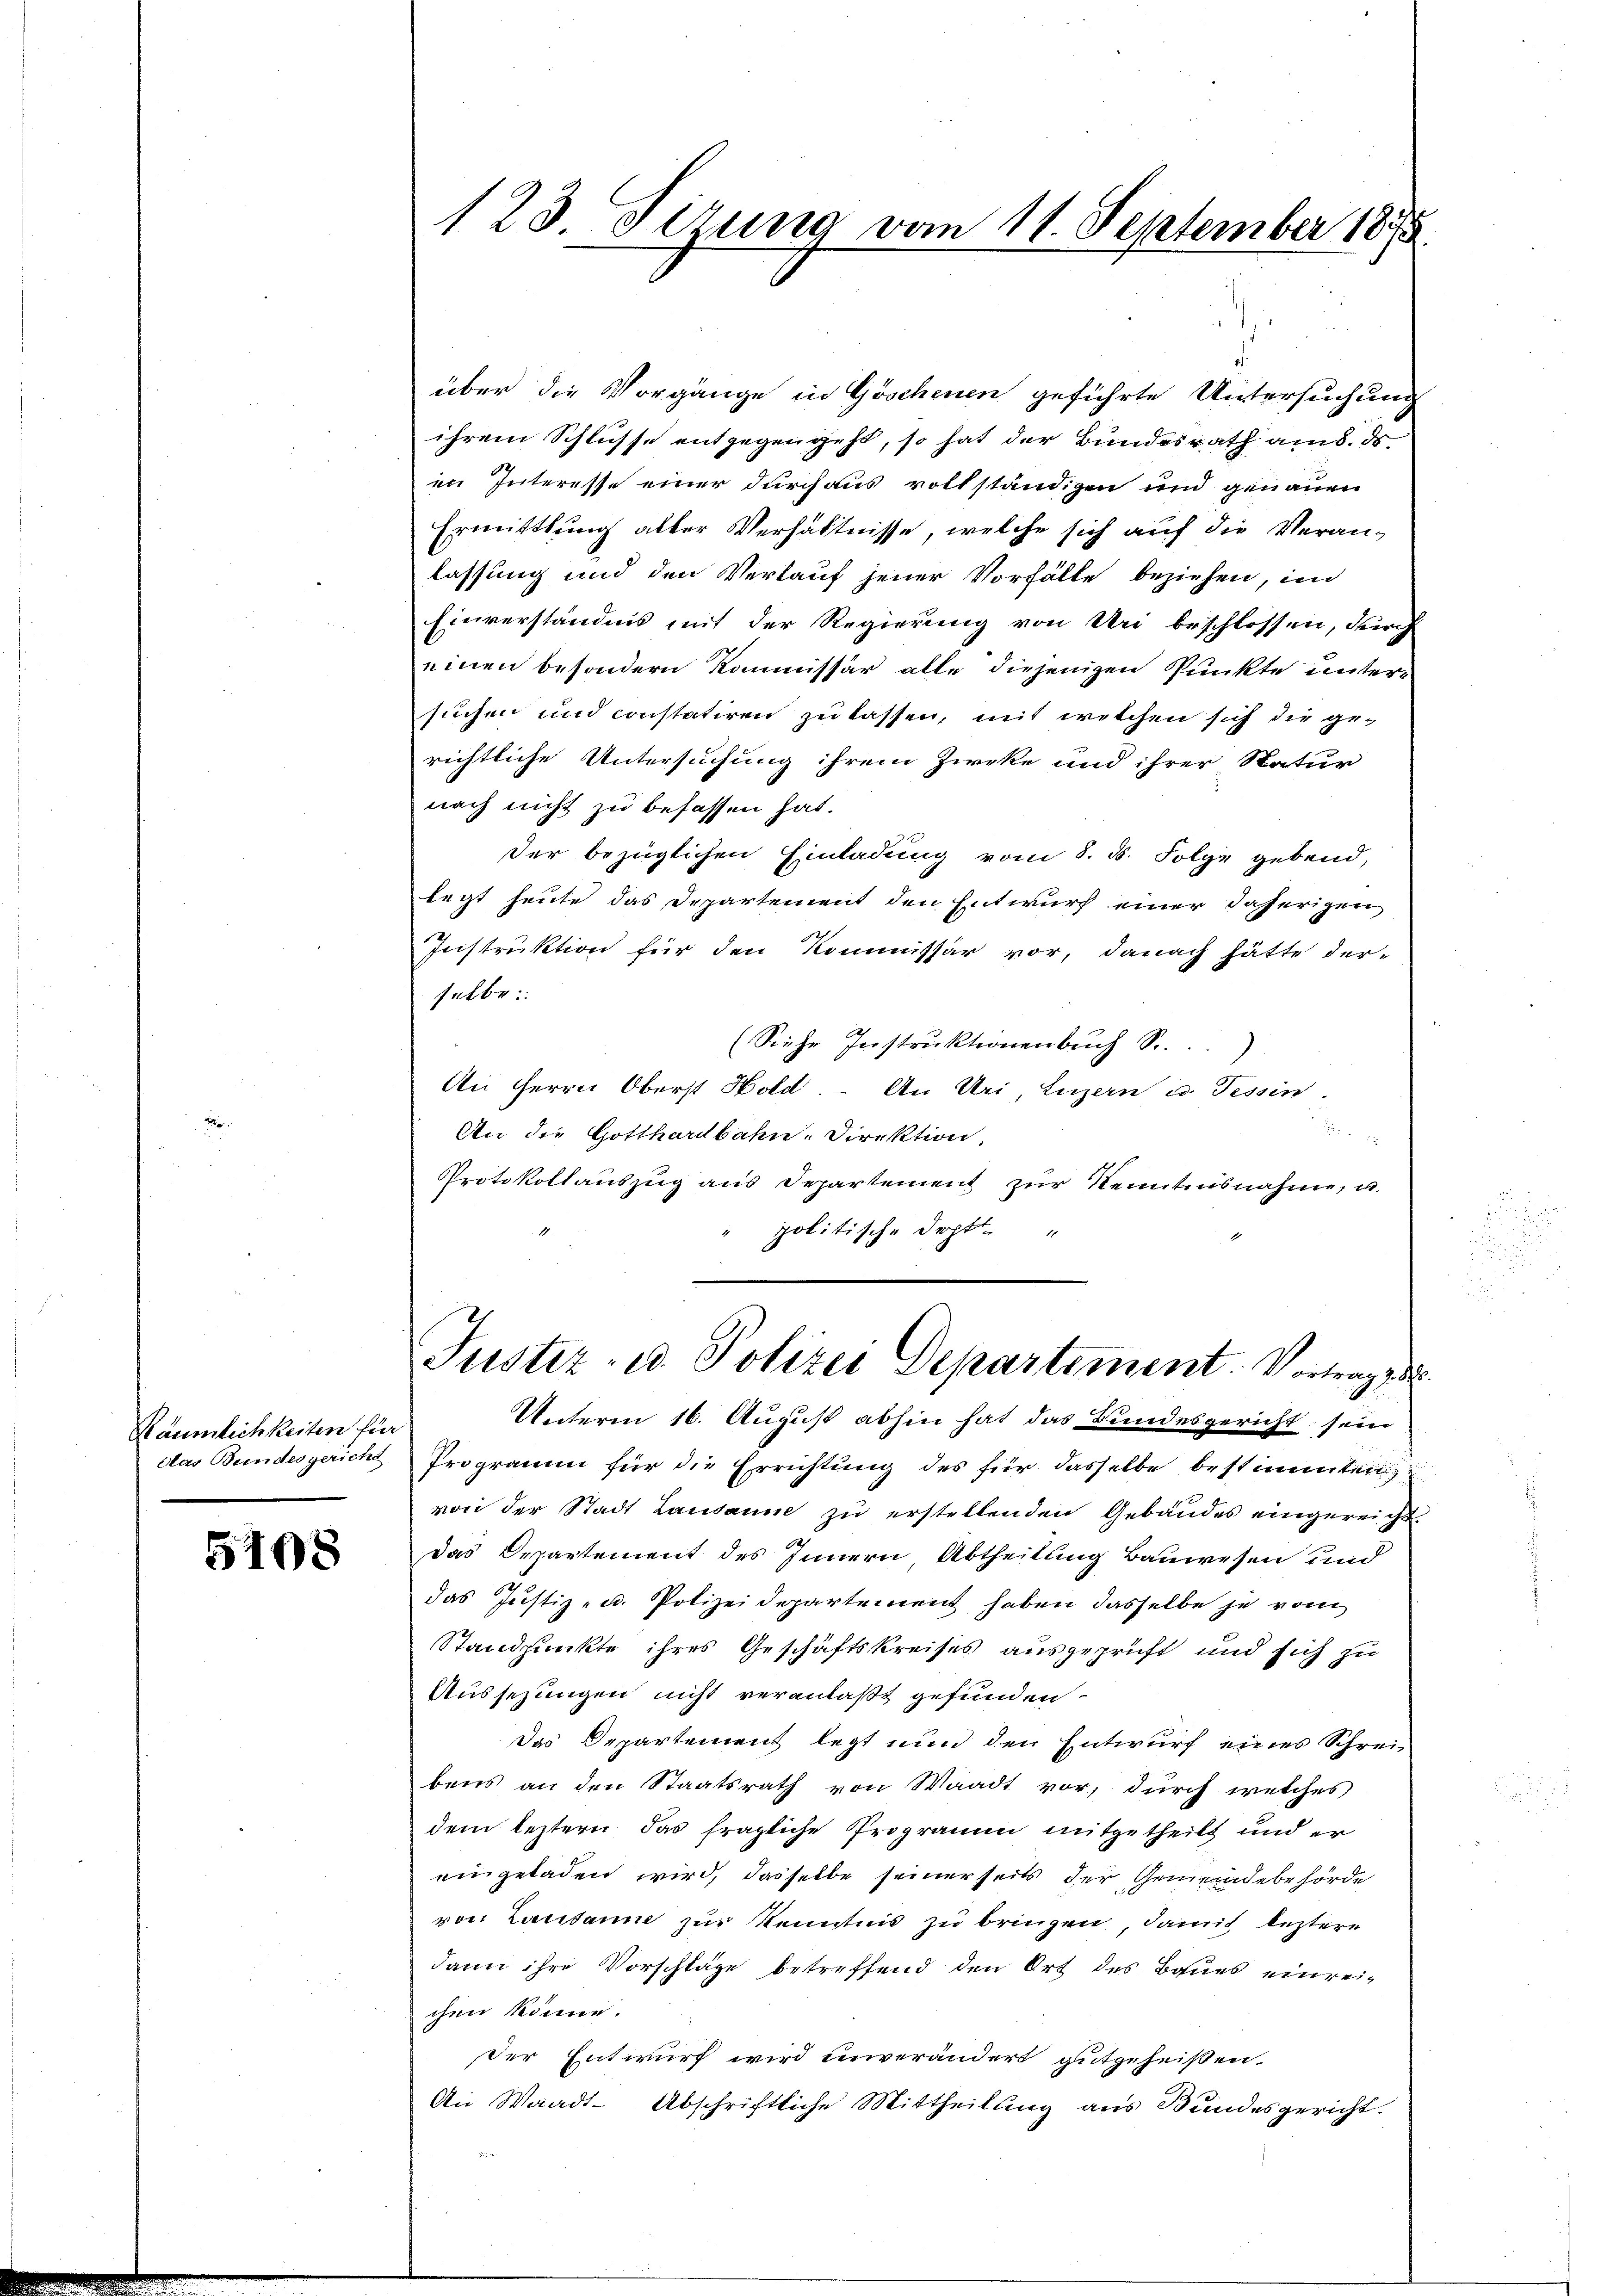
Räumlichkeiten für
das Bundesgericht

5408

123. Firung vom 11. September 1858

über die Vorgänge in Göschenen geführte Untersuchung
ihrem Schlüsse entgegen geht, so hat der Bundesrath aus ds
im Interesse einer durchaus vollständigen und genauen
Ermittlung aller Verhältnisse, welche sich auf die Veran-
lassung und den Verkauf jener Vorfälle beziehen, in
Einverständnis mit der Regierung von Uri beschlossen, durch
einen besondern Kommissär alle diejenigen Punkte untersuchen und constatiren zu lassen, mit welchen sich die ge-
richtliche Untersuchung ihrem Zieke und ihrer Natur
nach nicht zu befassen hat.
der bezüglichen Einladung vom 8. d. Folge gebend,
legt heute das Departement den Entwurf einer daherigen
Instruktion für den Kommissär vor, danach hätte der-
selbe::
(Siehe Instruktionenbuch Sr.
An Herrn Oberst Hold. – An Uri, Luzern u. Tessin
An die Gotthardbahn-Direktion

Protokollauszug aus Departement zur Kenntnisnahme, u.
politische Sept
Justiz- u. Polizei Departement. Vortrage d
Unterm 16. August abhin hat das Bundesgericht sein
Programm für die Errichtung des für dasselbe bestimmten
von der Stadt Lausanne zŭ erstellenden Gebäudes eingereicht.
Das Departement des Innern Abtheilung Bauwesen und
das Justiz- u. Polizeidepartement haben dasselbe je vom
Standpunkte ihres Geschäftskreises ausgeprüft und sich zu
Aussezungen nicht veranlaßt gefunden.
Das Departement legt nun den Entwurf eines Schrei
bens an den Staatsrath von Waadt vor, durch welches
dem leztern, das fragliche Programm mitgetheilt und er
eingeladen wird, dasselbe seinerseits der Gemeindebehörde
von Lausanne zur Kenntnis zu bringen, damit leztere
dann ihre Vorschläge betreffend den Ort des Baues einreichen könne.
der Entwurf wird unverändert gutgeheißen.
An Waadt-Abschriftliche Mittheilung aus Bundesgericht.